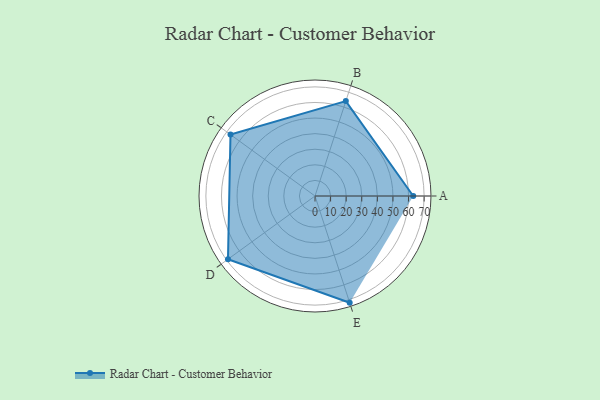
{"axis": {"x": "Skill", "y": "Score"}, "legend": ["Profile"], "data": [{"x": "A", "y": 63.0, "type": "Profile"}, {"x": "B", "y": 64.0, "type": "Profile"}, {"x": "C", "y": 67.0, "type": "Profile"}, {"x": "D", "y": 69.0, "type": "Profile"}, {"x": "E", "y": 72.0, "type": "Profile"}]}